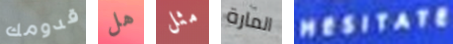
قدومك هل مثل المارة HESITATE